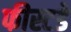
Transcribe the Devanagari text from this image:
फीस्टडे